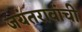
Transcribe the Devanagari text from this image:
जयंतरावांची